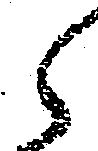
候